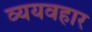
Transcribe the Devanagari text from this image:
व्ययवहार